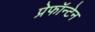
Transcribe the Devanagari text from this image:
प्रेफॉन्टेन